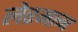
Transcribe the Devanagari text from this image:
लेरमान